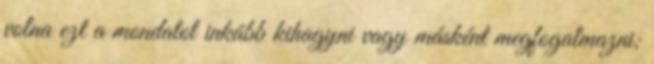
volna ezt a mondatot inkább kihagyni vagy másként megfogalmazni;